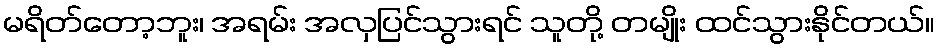
မရိတ်တော့ဘူး၊ အရမ်း အလှပြင်သွားရင် သူတို့ တမျိုး ထင်သွားနိုင်တယ်။